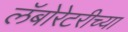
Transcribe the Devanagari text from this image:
लॅबोरेटरीच्या